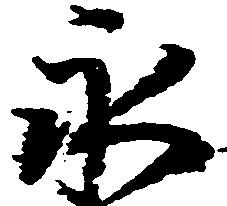
永